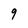
Character: 9